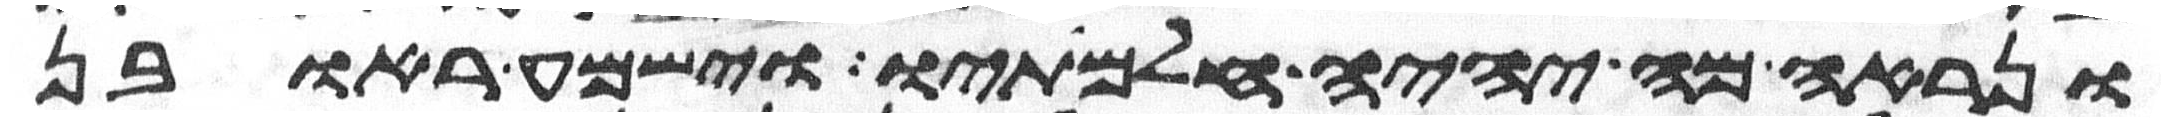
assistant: ונראה מה יהיה חלמתיו וישמע ראובן